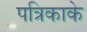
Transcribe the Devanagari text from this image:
पत्रिकाके